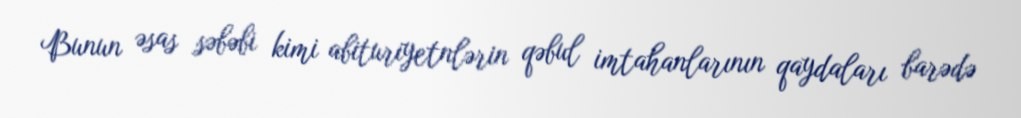
Bunun əsas səbəbi kimi abituriyetnlərin qəbul imtahanlarının qaydaları barədə